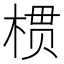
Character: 𱣱